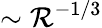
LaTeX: \sim\mathcal{R}^{-1/3}